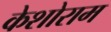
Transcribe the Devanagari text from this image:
केशोराम